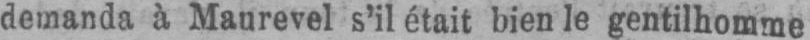
demanda à Maurevel s’il était bien le gentilhomme